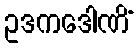
ဥဒကဒေါဏိံ